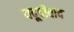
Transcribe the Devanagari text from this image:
यदूदीवाद